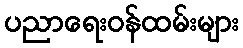
ပညာရေးဝန်ထမ်းများ